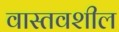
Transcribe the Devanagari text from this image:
वास्तवशील